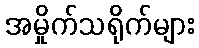
အမှိုက်သရိုက်များ